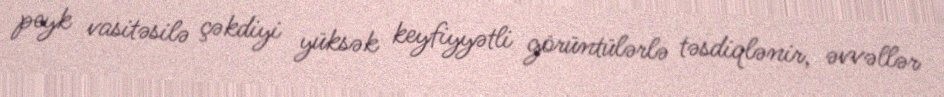
peyk vasitəsilə çəkdiyi yüksək keyfiyyətli görüntülərlə təsdiqlənir, əvvəllər